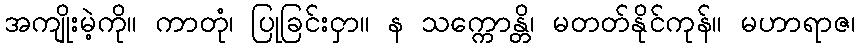
အကျိုးမဲ့ကို။ ကာတုံ၊ ပြုခြင်းငှာ။ န သက္ကောန္တိ၊ မတတ်နိုင်ကုန်။ မဟာရာဇ၊